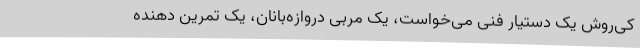
کی‌روش یک دستیار فنی می‌خواست، یک مربی دروازه‌بانان، یک تمرین دهنده